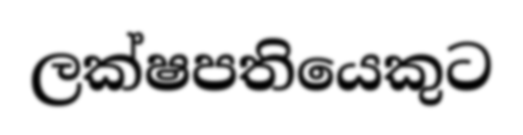
ලක්ෂපතියෙකුට